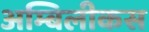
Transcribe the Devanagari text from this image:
अम्बिलीकस